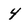
Character: 4